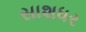
સાશધર